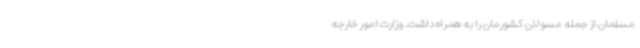
مسلمان از جمله مسولان کشورمان را به همراه داشت. وزارت امور خارجه